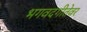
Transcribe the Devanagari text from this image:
भगवदगीतेवर